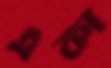
একা